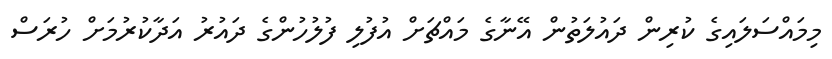
މިމައްސަލައިގެ ކުރިން ދައުލަތުން އޭނާގެ މައްޗަަށް އުފުލި ފުލުހުންގެ ދައުރު އަދާކުރުމަށް ހުރަސް